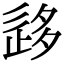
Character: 𡖰